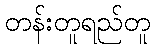
တန်းတူရည်တူ